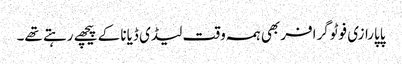
پاپارازی فوٹوگرافر بھی ہمہ وقت لیڈی ڈیانا کے پیچھے رہتے تھے۔